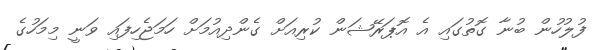
ފުލުހުން ބުނާ ގޮތުގައި އެ އޮޕަރޭޝަން ކުރިއަށް ގެންދިއުމަށް ހަމަޖެހިފައި ވަނީ މިމަހުގެ